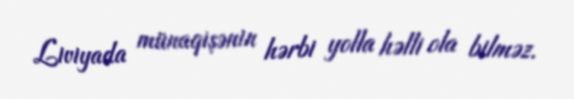
Liviyada münaqişənin hərbi yolla həlli ola bilməz.